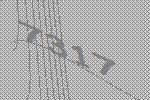
7317